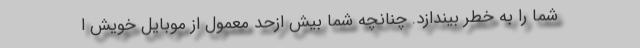
شما را به خطر بیندازد. چنانچه شما بیش ازحد معمول از موبایل خویش ا